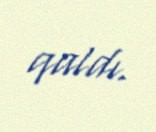
qaldı.